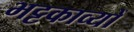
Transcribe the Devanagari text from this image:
भट्टकाव्यों